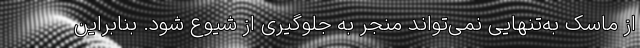
از ماسک به‌تنهایی نمی‌تواند منجر به جلوگیری از شیوع شود. بنابراین